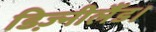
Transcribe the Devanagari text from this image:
डिज़्नीलैंड।